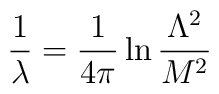
\frac{1}{\lambda}=\frac{1}{4\pi}\ln\frac{\Lambda^2}{M^2}